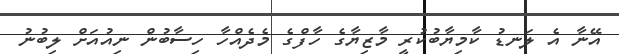
އޭނާ އެ ލަނޑު ކާމިޔާބުކުރީ މާޒިޔާގެ ހާފްގެ މެދެއްހާ ހިސާބުން ނިއުއަށް ލިބުނު